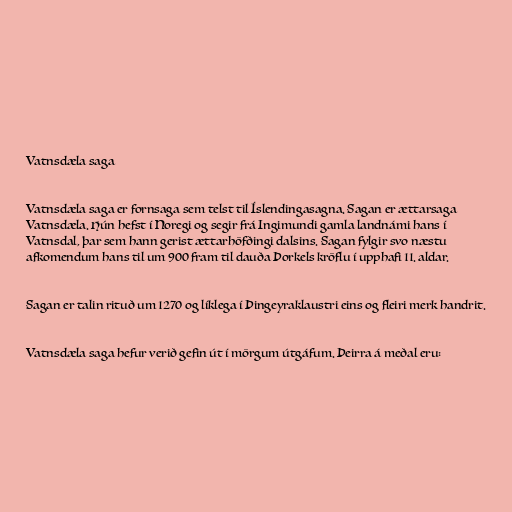
Vatnsdæla saga

Vatnsdæla saga er fornsaga sem telst til Íslendingasagna. Sagan er ættarsaga
Vatnsdæla. Hún hefst í Noregi og segir frá Ingimundi gamla landnámi hans í
Vatnsdal, þar sem hann gerist ættarhöfðingi dalsins. Sagan fylgir svo næstu
afkomendum hans til um 900 fram til dauða Þorkels kröflu í upphafi 11. aldar.

Sagan er talin rituð um 1270 og líklega í Þingeyraklaustri eins og fleiri merk handrit.

Vatnsdæla saga hefur verið gefin út í mörgum útgáfum. Þeirra á meðal eru: